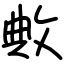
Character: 敟